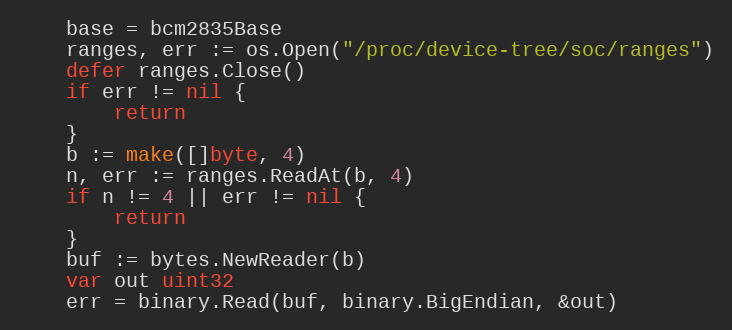
Language: Go
	base = bcm2835Base
	ranges, err := os.Open("/proc/device-tree/soc/ranges")
	defer ranges.Close()
	if err != nil {
		return
	}
	b := make([]byte, 4)
	n, err := ranges.ReadAt(b, 4)
	if n != 4 || err != nil {
		return
	}
	buf := bytes.NewReader(b)
	var out uint32
	err = binary.Read(buf, binary.BigEndian, &out)